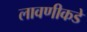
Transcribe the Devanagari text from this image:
लावणीकडे